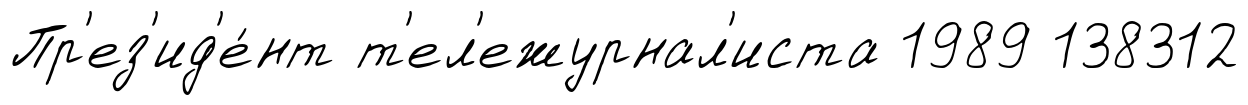
Пр'ез'ид'е́нт т'ел'ежурнал'иста 1989 138312